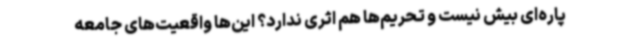
پاره‌ای بیش نیست و تحریم‌ها هم اثری ندارد؟ این‌ها واقعیت‌های جامعه